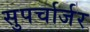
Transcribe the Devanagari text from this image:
सुपर्चार्जर